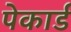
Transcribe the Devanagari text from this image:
पेकार्ड